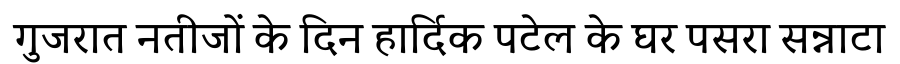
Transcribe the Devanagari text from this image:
गुजरात नतीजों के दिन हार्दिक पटेल के घर पसरा सन्नाटा